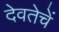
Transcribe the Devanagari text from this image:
देवतेचें